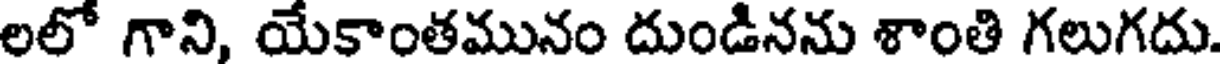
లలో గాని, యేకాంతమునం దుండినను శాంతి గలుగదు